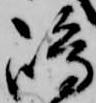
嶋